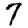
Digit: 7